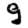
Digit: 9